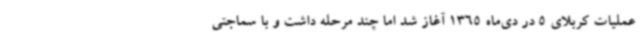
عملیات کربلای 5 در دی‌ماه 1365 آغاز شد اما چند مرحله داشت و با سماجتی